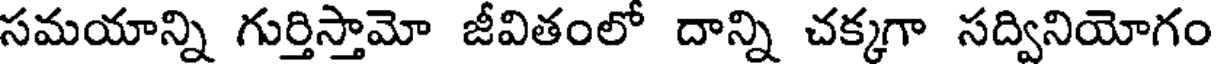
సమయాన్ని గుర్తిస్తామో జీవితంలో దాన్ని చక్కగా సద్వినియోగం